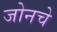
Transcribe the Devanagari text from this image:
जोनचे